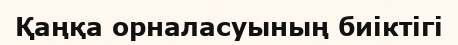
Қаңқа орналасуының биіктігі